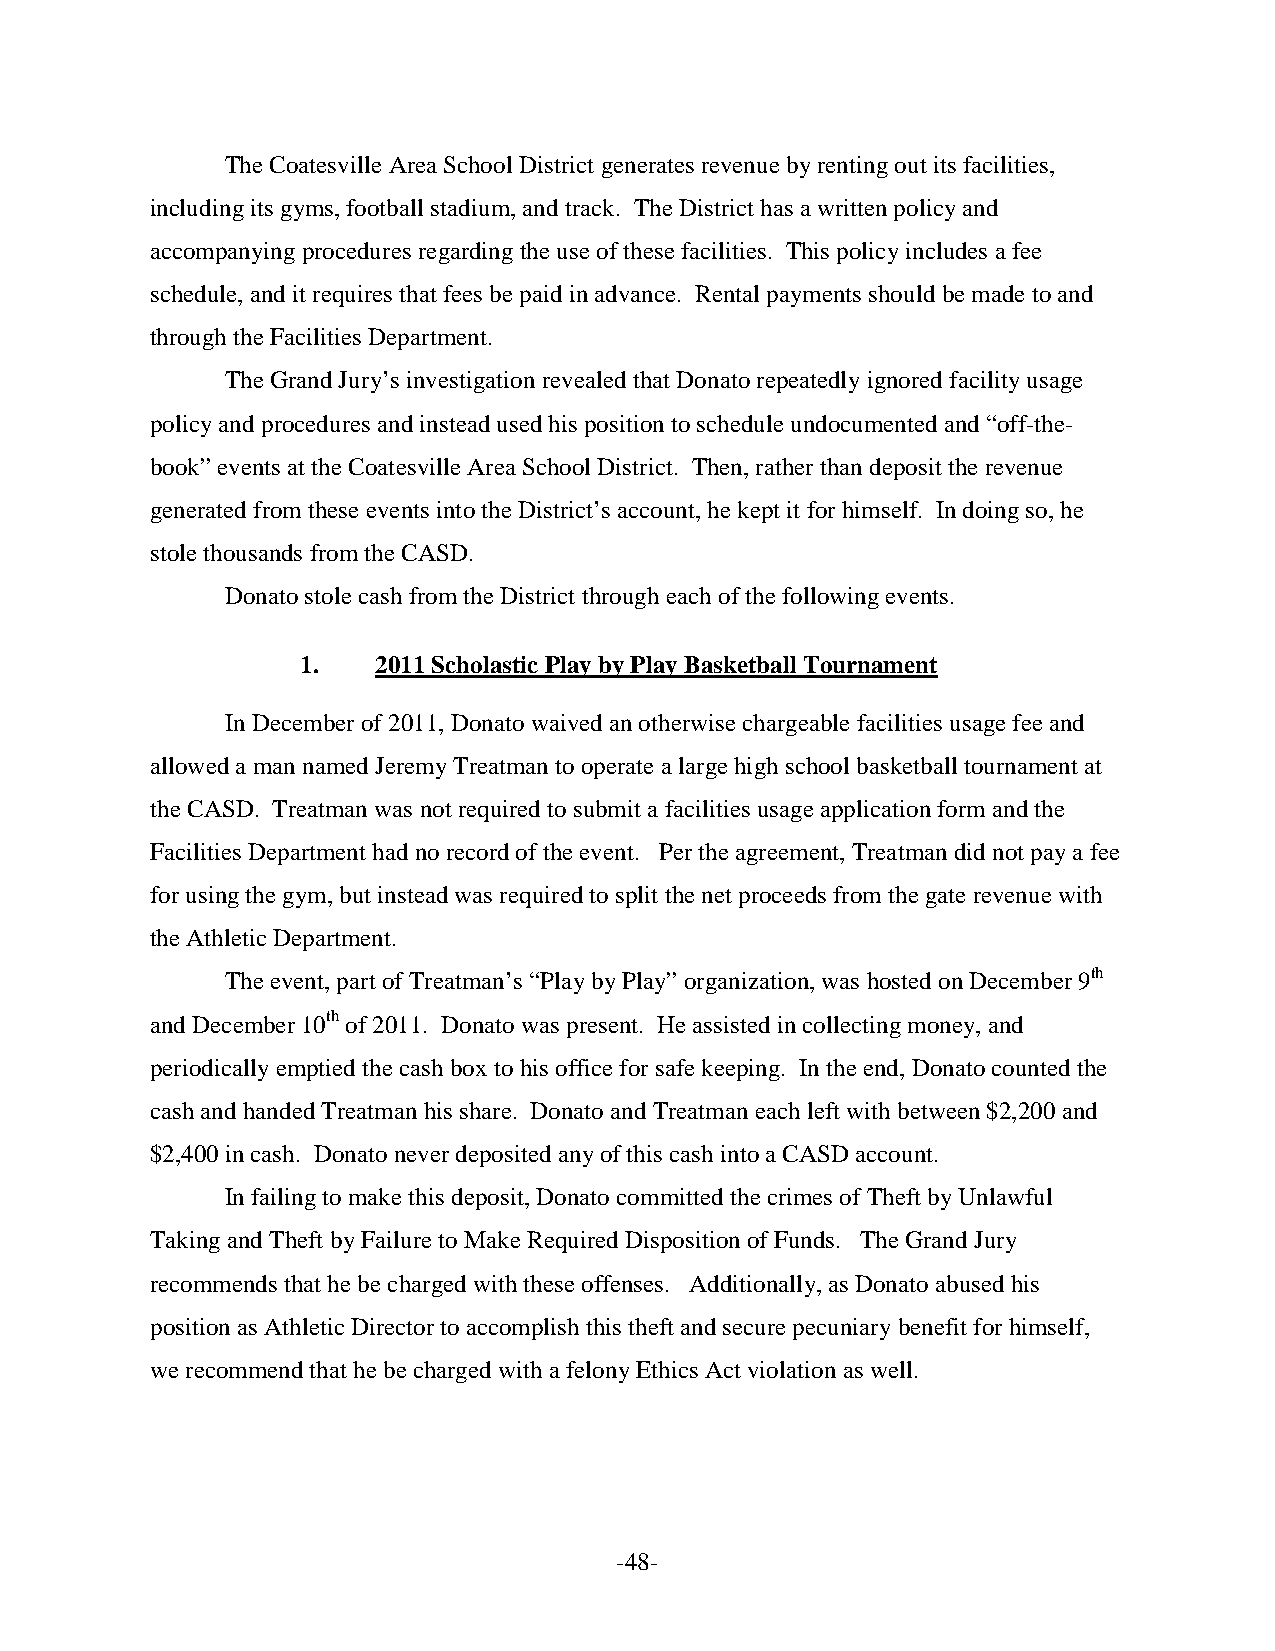
The Coatesville Area School District generates revenue by renting out its facilities,
 including its gyms, football stadium, and track. The District has a written policy and
 accompanying procedures regarding the use of these facilities. This policy includes a fee
 schedule, and it requires that fees be paid in advance. Rental payments should be made to and
 through the Facilities Department.
 The Grand Jury’s investigation revealed that Donato repeatedly ignored facility usage
 policy and procedures and instead used his position to schedule undocumented and “off-the-
 book” events at the Coatesville Area School District. Then, rather than deposit the revenue
 generated from these events into the District’s account, he kept it for himself. In doing so, he
 stole thousands from the CASD.
 Donato stole cash from the District through each of the following events.
 1.   2011 Scholastic Play by Play Basketball Tournament
 In December of 2011, Donato waived an otherwise chargeable facilities usage fee and
 allowed a man named Jeremy Treatman to operate a large high school basketball tournament at
 the CASD. Treatman was not required to submit a facilities usage application form and the
 Facilities Department had no record of the event. Per the agreement, Treatman did not pay a fee
 for using the gym, but instead was required to split the net proceeds from the gate revenue with
 the Athletic Department.
 The event, part of Treatman’s “Play by Play” organization, was hosted on December 9th
 and December 10th of 2011. Donato was present. He assisted in collecting money, and
 periodically emptied the cash box to his office for safe keeping. In the end, Donato counted the
 cash and handed Treatman his share. Donato and Treatman each left with between $2,200 and
 $2,400 in cash. Donato never deposited any of this cash into a CASD account.
 In failing to make this deposit, Donato committed the crimes of Theft by Unlawful
 Taking and Theft by Failure to Make Required Disposition of Funds. The Grand Jury
 recommends that he be charged with these offenses. Additionally, as Donato abused his
 position as Athletic Director to accomplish this theft and secure pecuniary benefit for himself,
 we recommend that he be charged with a felony Ethics Act violation as well.
 -48-